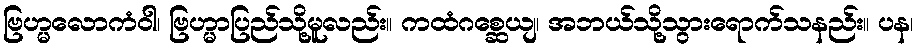
ဗြဟ္မလောကံဝါ၊ ဗြဟ္မာပြည်သို့မူလည်း။ ကထံဂစ္ဆေယျ၊ အဘယ်သို့သွားရောက်သနည်း။ ပန၊